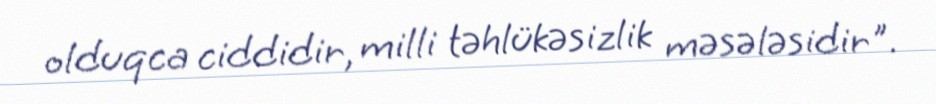
olduqca ciddidir, milli təhlükəsizlik məsələsidir".